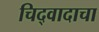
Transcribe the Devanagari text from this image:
चिद्‌वादाचा